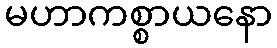
မဟာကစ္စာယနော